Indian Medical Review
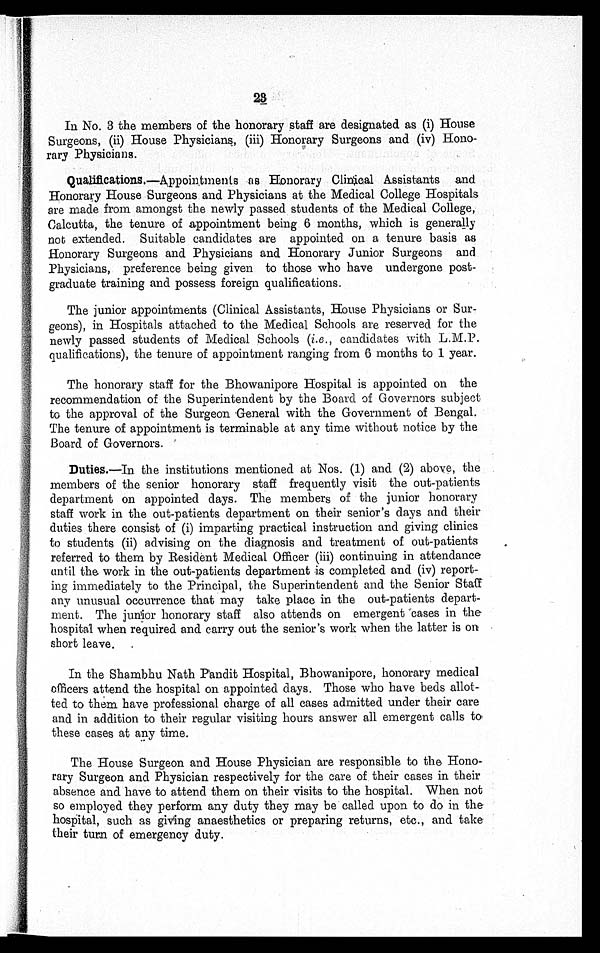
23
In No. 3 the members of the honorary staff are designated as (i) House
Surgeons, (ii) House Physicians, (iii) Honorary Surgeons and (iv) Hono
-
rary Physicians.
Qualifications. —Appointments as Honorary Clinical Assistants and
Honorary House Surgeons and Physicians at the Medical College Hospitals
are made from amongst the newly passed students of the Medical College,
Calcutta, the tenure of appointment being 6 months, which is generally
not extended. Suitable candidates are appointed on a tenure basis as
Honorary Surgeons and Physicians and Honorary Junior Surgeons and
Physicians, preference being given to those who have undergone post
-
graduate training and possess foreign qualifications.
The junior appointments (Clinical Assistants, House Physicians or Sur
-
geons), in Hospitals attached to the Medical Schools are reserved for the
newly passed students of Medical Schools ( i.e., candidates with L.M.P.
qualifications), the tenure of appointment ranging from 6 months to 1 year.
The honorary staff for the Bhowanipore Hospital is appointed on the
recommendation of the Superintendent by the Board of Governors subject
to the approval of the Surgeon General with the Government of Bengal.
The tenure of appointment is terminable at any time without notice by the
Board of Governors.
Duties.—In the institutions mentioned at Nos. (1) and (2) above, the
members of the senior honorary staff frequently visit the out-patients
department on appointed days. The members of the junior honorary
staff work in the out-patients department on their senior's days and their
duties there consist of (i) imparting practical instruction and giving clinics
to students (ii) advising on the diagnosis and treatment of out-patients
referred to them by Resident Medical Officer (iii) continuing in attendance
until the work in the out-patients department is completed and (iv) report
-
ing immediately to the Principal, the Superintendent and the Senior Staff
any unusual occurrence that may take place in the out-patients depar
t -
ment. The junior honorary staff also attends on emergent cases in the
hospital when required and carry out the senior's work when the latter is on
short leave.
In the Shambhu Nath Pandit Hospital, Bhowanipore, honorary medical
officers attend the hospital on appointed days. Those who have beds allot
-
ted to them have professional charge of all cases admitted under their care
and in addition to their regular visiting hours answer all emergent calls to
these cases at any time.
The House Surgeon and House Physician are responsible to the Hono
-
rary Surgeon and Physician respectively for the care of their cases in their
absence and have to attend them on their visits to the hospital. When not
so employed they perform any duty they may be called upon to do in the
hospital, such as giving anaesthetics or preparing returns, etc., and take
their turn of emergency duty.